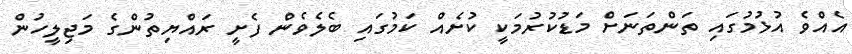
އެއްވެ އުޅުމުގައި ތަންތަނަށް މަޑުކުރުމަކީ ކުށެއް ކަމުގައި ބެލެވެން ފެށީ ރައްޔިތުންގެ މަޖިލީހުން